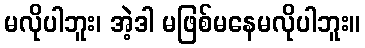
မလိုပါဘူး၊ အဲ့ဒါ မဖြစ်မနေမလိုပါဘူး။